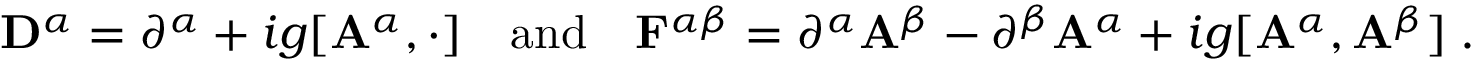
{ \bf D } ^ { \alpha } = \partial ^ { \alpha } + i g [ { \bf A } ^ { \alpha } , \cdot ] \quad \mathrm { { a n d } } \quad { \bf F } ^ { \alpha \beta } = \partial ^ { \alpha } { \bf A } ^ { \beta } - \partial ^ { \beta } { \bf A } ^ { \alpha } + i g [ { \bf A } ^ { \alpha } , { \bf A } ^ { \beta } ] \; .